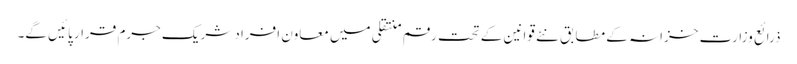
ذرائع وزارت خزانہ کے مطابق نئے قوانین کے تحت رقم منتقلی میں معاون افراد شریک جرم قرار پائیں گے۔